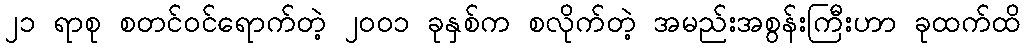
၂၁ ရာစု စတင်ဝင်ရောက်တဲ့ ၂၀၀၁ ခုနှစ်က စလိုက်တဲ့ အမည်းအစွန်းကြီးဟာ ခုထက်ထိ